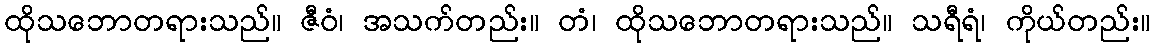
ထိုသဘောတရားသည်။ ဇီဝံ၊ အသက်တည်း။ တံ၊ ထိုသဘောတရားသည်။ သရီရံ၊ ကိုယ်တည်း။